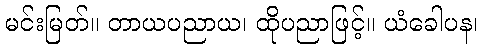
မင်းမြတ်။ တာယပညာယ၊ ထိုပညာဖြင့်။ ယံခေါပန၊